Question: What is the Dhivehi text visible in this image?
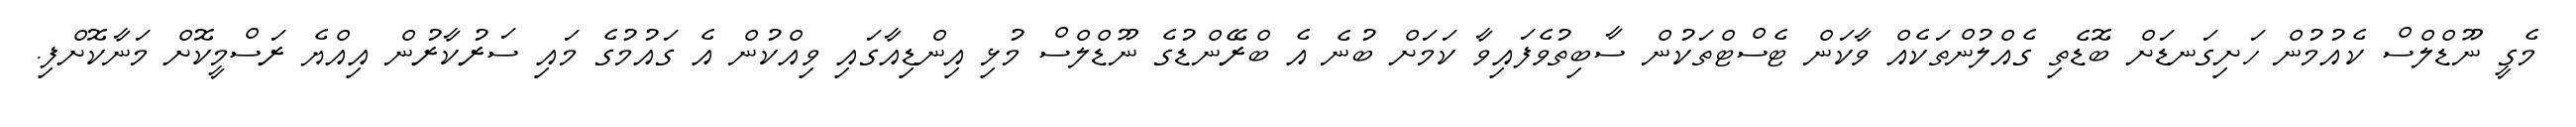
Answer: މެގީ ނޫޑްލްސް ކެއުމުން ހަށިގަނޑަށް ބޮޑެތި ގެއްލުންތަކެއް ވާކަން ޓެސްޓްތަކުން ސާބިތުވެފައިވާ ކަމަށް ބުނެ އެ ބްރޭންޑުގެ ނޫޑްލްސް މުޅި އިންޑިއާގައި ވިއްކުން އެ ގައުމުގެ މައި ސަރުކާރުން އިއްޔެ ރަސްމީކޮށް މަނާކޮށްފި.